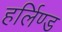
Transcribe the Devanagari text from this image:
हर्लिण्ड